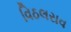
વિઠલરાવ